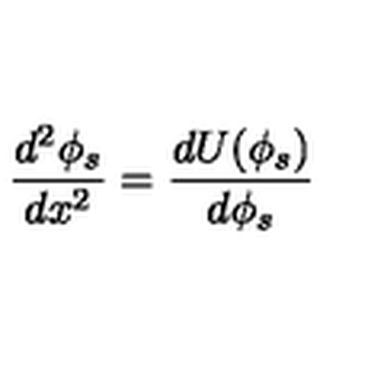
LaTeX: \frac { d ^ { 2 } \phi _ { s } } { d x ^ { 2 } } = \frac { d U ( \phi _ { s } ) } { d \phi _ { s } }